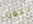
تكون